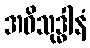
အဝိသုဒ္ဓါနံ